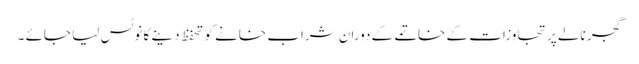
گجر نالے پر تجاوزات کے خاتمے کے دوران شراب خانے کو تحفظ دینے کا نوٹس لیا جائے ۔